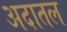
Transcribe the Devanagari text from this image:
अदातल